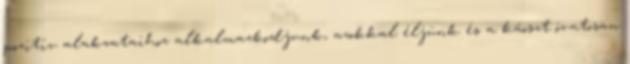
pozitív alakzataihoz alkalmazkodjunk, azokkal éljünk és a káoszt óvatosan